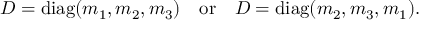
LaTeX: D = \mathrm { d i a g } ( m _ { 1 } , m _ { 2 } , m _ { 3 } ) \quad \mathrm { o r } \quad D = \mathrm { d i a g } ( m _ { 2 } , m _ { 3 } , m _ { 1 } ) .